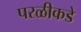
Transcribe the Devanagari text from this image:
परळीकडे